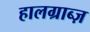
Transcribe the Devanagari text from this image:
हालग्राब्ज़